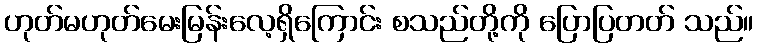
ဟုတ်မဟုတ်မေးမြန်းလေ့ရှိကြောင်း စသည်တို့ကို ပြောပြတတ် သည်။